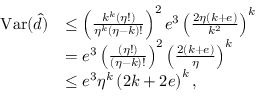
\begin{array} { r l } { \mathrm { V a r } ( \hat { d } ) } & { \leq \left( \frac { k ^ { k } \left( \eta ! \right) } { \eta ^ { k } \left( \eta - k \right) ! } \right) ^ { 2 } e ^ { 3 } \left( \frac { 2 \eta \left( k + e \right) } { k ^ { 2 } } \right) ^ { k } } \\ & { = e ^ { 3 } \left( \frac { \left( \eta ! \right) } { \left( \eta - k \right) ! } \right) ^ { 2 } \left( \frac { 2 \left( k + e \right) } { \eta } \right) ^ { k } } \\ & { \leq e ^ { 3 } \eta ^ { k } \left( 2 k + 2 e \right) ^ { k } , } \end{array}